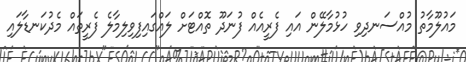
މައުލޫމާތު މުއްސަނދިވި ހުޅުމާލޭން އައި ފެރީއެއް ފުނަދޫ ތޮއްޓަށް ލައްގައިފިވިލިމާލެ ފެރީތައް މެދުކަނޑާލައި